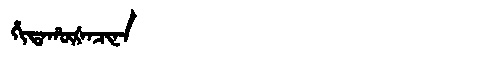
Manchu: ᡥᡳᡨᠠᡥᡡᡧᠠᠴᡳᠨᠠ
Romanization: HITAHŪŠACINA